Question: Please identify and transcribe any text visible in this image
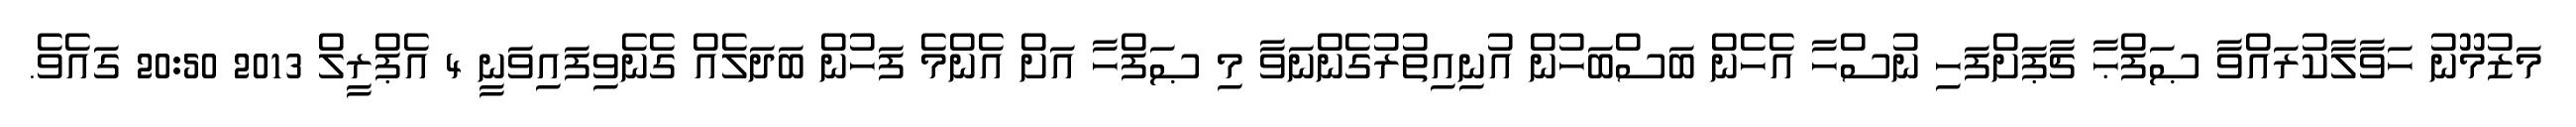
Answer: މަޒުމޫނު ހަވާލާކުރައްވާ ޞަފްޙާ ޗާޕަށްފަހި ނުސްހާ އެހެން ބަސްބަހުން އުނިއިތުރުގެންނަވާ މި ޞަފްހާ އަށް އެންމެ ފަހުން ބަދަލެއް ގެނެވިފައިވަނީ 4 އެޕްރީލް 2013 20:50 ގައެވެ.